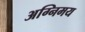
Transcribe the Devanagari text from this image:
अग्निमय